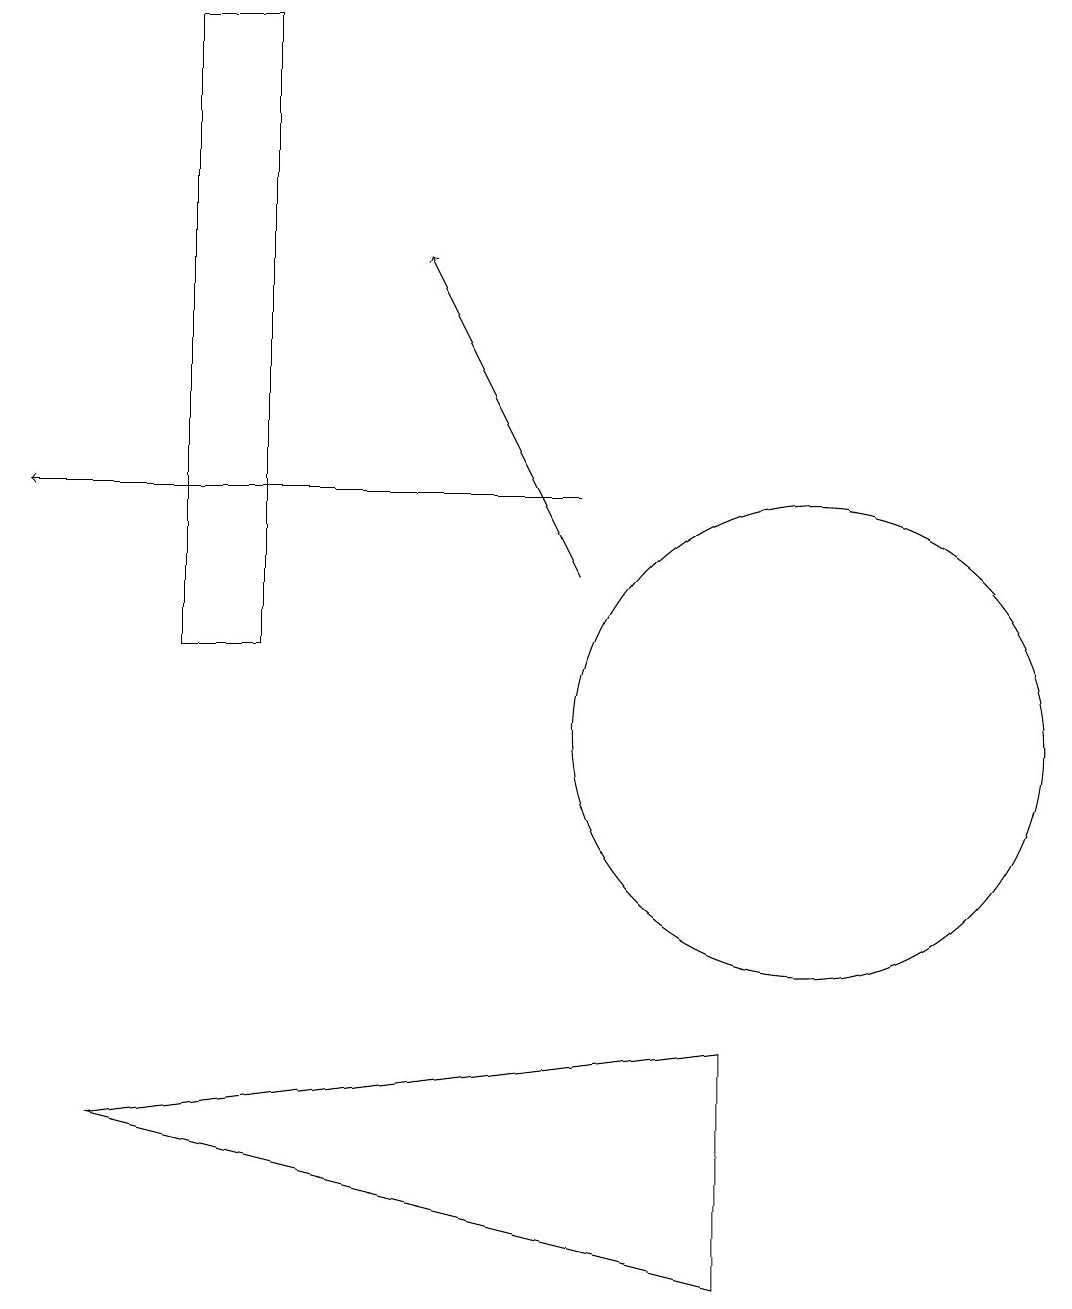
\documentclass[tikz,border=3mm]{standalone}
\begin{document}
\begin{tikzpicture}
\draw (10,10) circle (3);
\draw (1,5) -- (9,6) -- (9,3) -- cycle;
\draw (2,19) rectangle (3,11);
\draw[->] (7,13) -- (0,13);
\draw[->] (7,12) -- (5,16);
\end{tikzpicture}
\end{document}